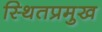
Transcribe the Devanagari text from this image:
स्थितप्रमुख